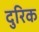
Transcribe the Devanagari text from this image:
दुरिक